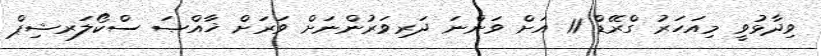
ވިދާޅުވީ މިއަހަރު ގްރޭޑް 11 އަށް ވަންނަ ދަރިވަރުންނަށް ވަރަށް ޚާއްޞަ ސްކޯލަރޝިޕް